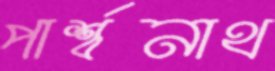
পার্শ্বনাথ